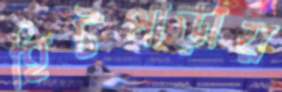
হিটপাড়ায়